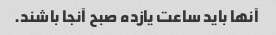
آنها باید ساعت یازده صبح آنجا باشند.